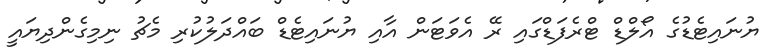
ޔުނައިޓެޑުގެ އޯލްޑް ޓްރެފަޑްގައި ރޭ އެވަޓަން އާއި ޔުނައިޓެޑް ބައްދަލުކުރި މެޗު ނިމިގެންދިޔައީ